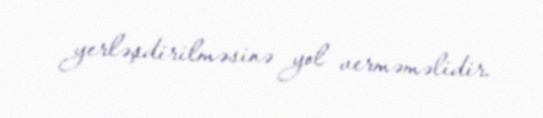
yerləşdirilməsinə yol verməməlidir.